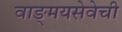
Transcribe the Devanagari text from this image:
वाङ्‌मयसेवेची